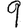
Digit: 9